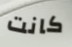
كانت